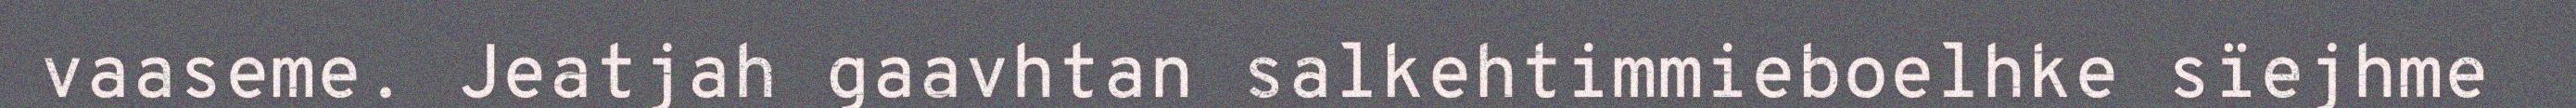
vaaseme. Jeatjah gaavhtan salkehtimmieboelhke sïejhme